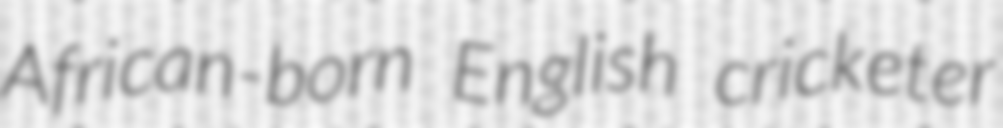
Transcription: African-born English cricketer